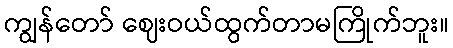
ကျွန်တော် ဈေးဝယ်ထွက်တာမကြိုက်ဘူး။